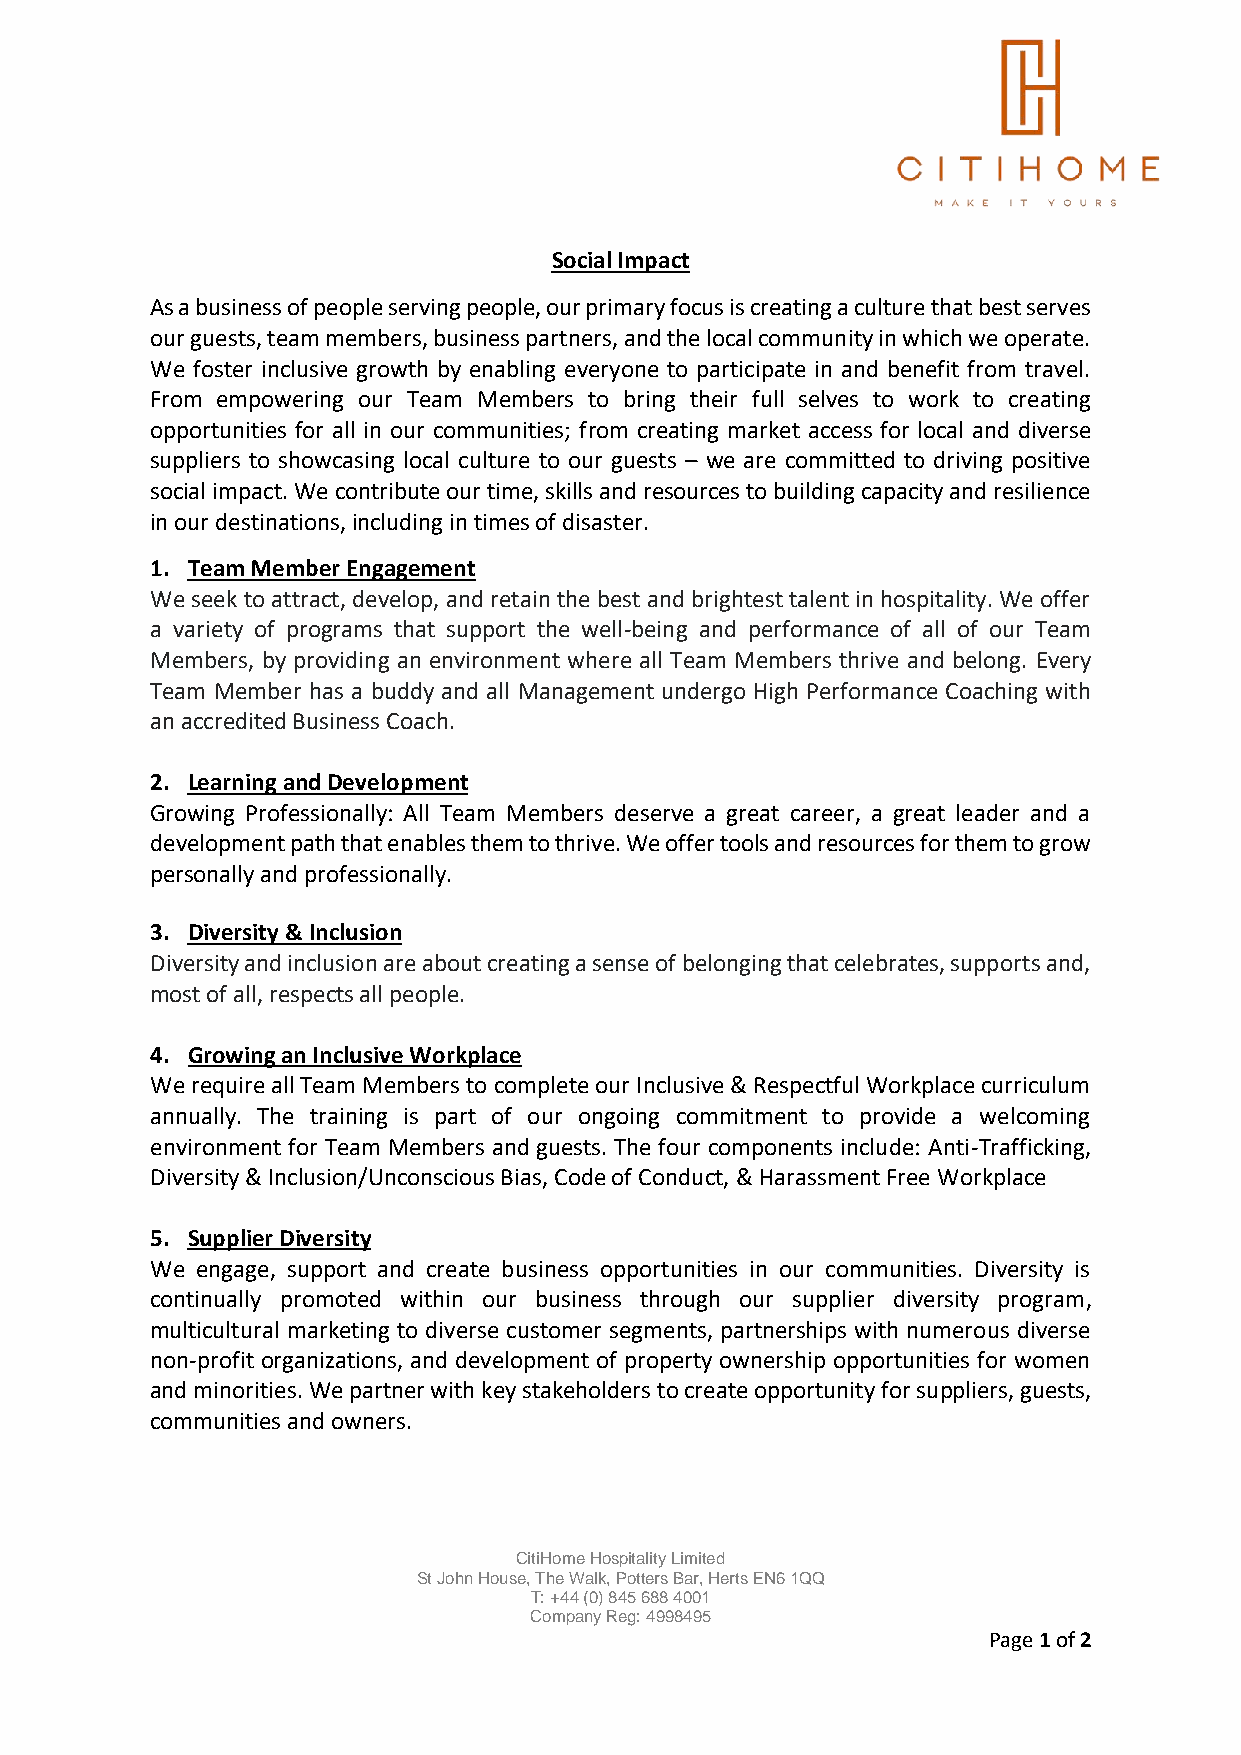
Social Impact
 As a business of people serving people, our primary focus is creating a culture that best serves
 our guests, team members, business partners, and the local community in which we operate.
 We foster inclusive growth by enabling everyone to participate in and benefit from travel.
 From empowering our Team Members to bring their full selves to work to creating
 opportunities for all in our communities; from creating market access for local and diverse
 suppliers to showcasing local culture to our guests – we are committed to driving positive
 social impact. We contribute our time, skills and resources to building capacity and resilience
 in our destinations, including in times of disaster.
 1. Team Member Engagement
 We seek to attract, develop, and retain the best and brightest talent in hospitality. We offer
 a variety of programs that support the well-being and performance of all of our Team
 Members, by providing an environment where all Team Members thrive and belong. Every
 Team Member has a buddy and all Management undergo High Performance Coaching with
 an accredited Business Coach.
 2. Learning and Development
 Growing Professionally: All Team Members deserve a great career, a great leader and a
 development path that enables them to thrive. We offer tools and resources for them to grow
 personally and professionally.
 3. Diversity & Inclusion
 Diversity and inclusion are about creating a sense of belonging that celebrates, supports and,
 most of all, respects all people.
 4. Growing an Inclusive Workplace
 We require all Team Members to complete our Inclusive & Respectful Workplace curriculum
 annually. The training is part of our ongoing commitment to provide a welcoming
 environment for Team Members and guests. The four components include: Anti-Trafficking,
 Diversity & Inclusion/Unconscious Bias, Code of Conduct, & Harassment Free Workplace
 5. Supplier Diversity
 We engage, support and create business opportunities in our communities. Diversity is
 continually promoted within our business through our supplier diversity program,
 multicultural marketing to diverse customer segments, partnerships with numerous diverse
 non-profit organizations, and development of property ownership opportunities for women
 and minorities. We partner with key stakeholders to create opportunity for suppliers, guests,
 communities and owners.
 CitiHome Hospitality Limited
 St John House, The Walk, Potters Bar, Herts EN6 1QQ
 T: +44 (0) 845 688 4001
 Company Reg: 4998495
 Page 1 of 2